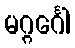
မဂ္ဂင်္ဂေါ